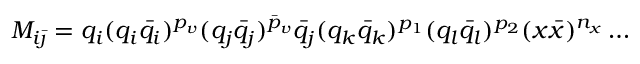
M _ { i \bar { \jmath } } = q _ { i } ( q _ { i } \bar { q } _ { i } ) ^ { p _ { v } } ( q _ { j } \bar { q } _ { j } ) ^ { \bar { p } _ { v } } \bar { q } _ { j } ( q _ { k } \bar { q } _ { k } ) ^ { p _ { 1 } } ( q _ { l } \bar { q } _ { l } ) ^ { p _ { 2 } } ( x \bar { x } ) ^ { n _ { x } } \ldots